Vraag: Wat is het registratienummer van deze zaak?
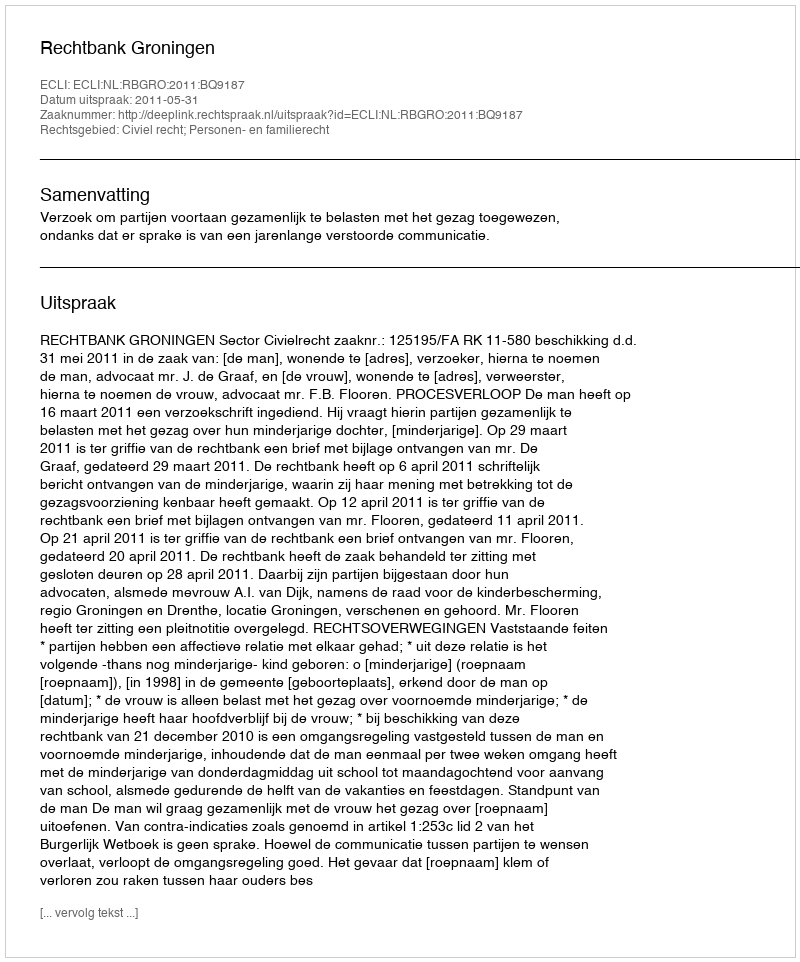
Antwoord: http://deeplink.rechtspraak.nl/uitspraak?id=ECLI:NL:RBGRO:2011:BQ9187